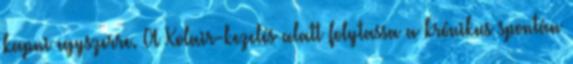
kapni egyszerre. A Xolair-kezelés alatt folytassa a krónikus spontán